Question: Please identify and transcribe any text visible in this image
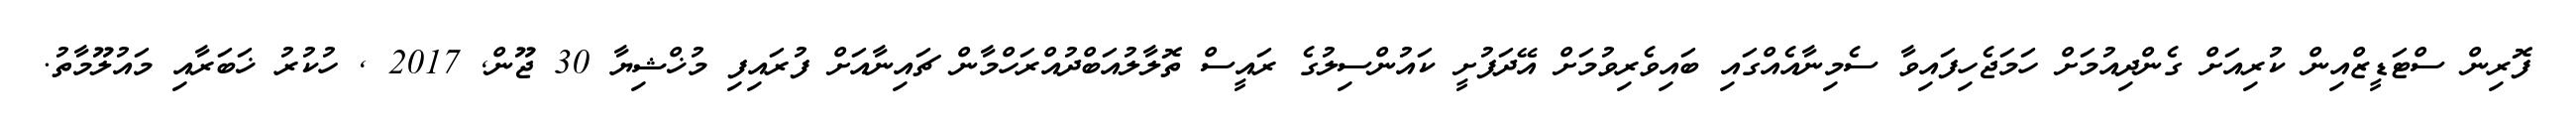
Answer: ފޮރިން ސްޓަޑީޒްއިން ކުރިއަށް ގެންދިއުމަށް ހަމަޖެހިފައިވާ ސެމިނާއެއްގައި ބައިވެރިވުމަށް އޭދަފުށީ ކައުންސިލުގެ ރައީސް ތޮލާލުއަބްދުއްރަހްމާން ޗައިނާއަށް ފުރައިފި މުޚްޝިޔާ 30 ޖޫން, 2017 , ހުކުރު ޚަބަރާއި މައުލޫމާތު.